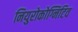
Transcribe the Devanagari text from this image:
नियुरोकोग्निटिव